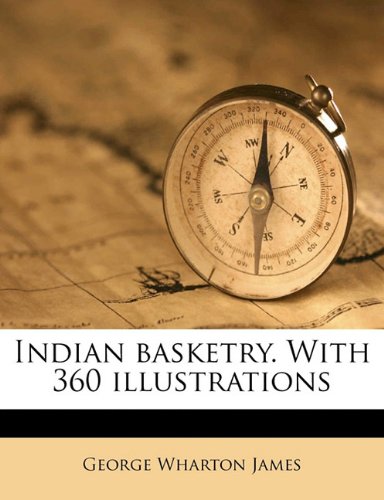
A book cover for Indian basketry. With 360 illustrations; George Wharton James; Crafts, Hobbies & Home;